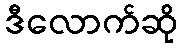
ဒီလောက်ဆို